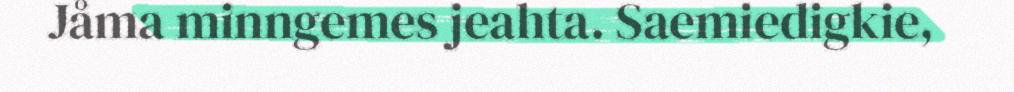
Jåma minngemes jeahta. Saemiedigkie,